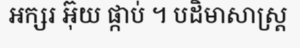
អក្សរ អ៊ុយ ផ្កាប់ ។ បដិមាសាស្ត្រ